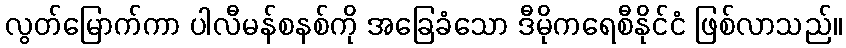
လွတ်မြောက်ကာ ပါလီမန်စနစ်ကို အခြေခံသော ဒီမိုကရေစီနိုင်ငံ ဖြစ်လာသည်။